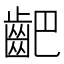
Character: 䶕